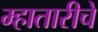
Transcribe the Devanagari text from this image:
म्हातारीचे